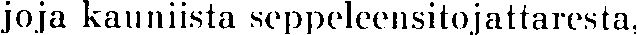
joja kauniista seppeleensitojattaresta,